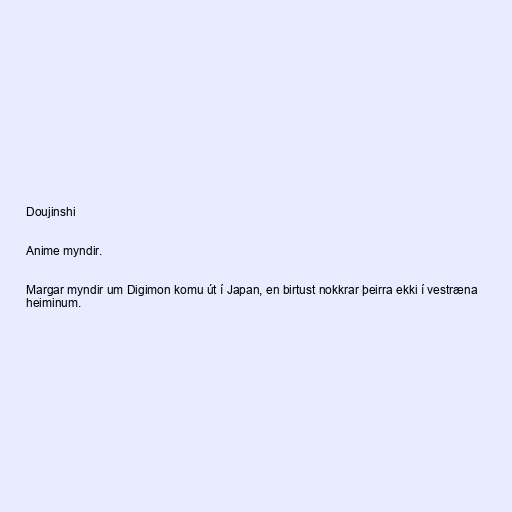
Doujinshi

Anime myndir.

Margar myndir um Digimon komu út í Japan, en birtust nokkrar þeirra ekki í vestræna
heiminum.